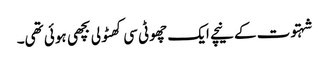
شہتوت کے نیچے ایک چھوٹی سی کھٹولی بچھی ہوئی تھی۔